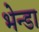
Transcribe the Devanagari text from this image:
भेन्डा